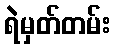
ရဲမှတ်တမ်း